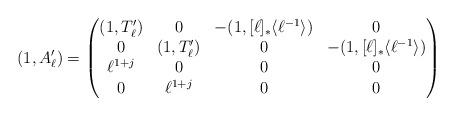
LaTeX: \begin{align*} (1, A_\ell') = \begin{pmatrix} (1, T'_\ell) & 0 & -(1, [\ell]_*\langle \ell^{-1} \rangle) & 0 \\ 0 & (1, T'_\ell) & 0& -(1, [\ell]_*\langle \ell^{-1} \rangle) \\ \ell^{1 + j} & 0 & 0 & 0 \\ 0 & \ell^{1 +j} & 0 & 0 \end{pmatrix}\end{align*}